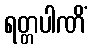
ရတ္တပါဏိံ